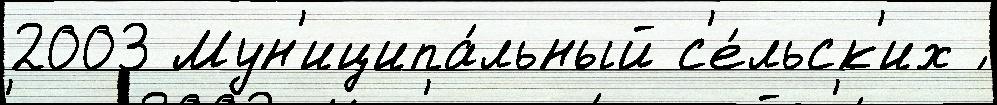
2003 Мун'иципа́льный с'е́льск'их ́